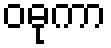
ဝဓုကာ